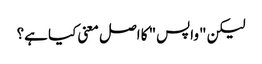
لیکن "واپس" کا اصل معنی کیا ہے؟